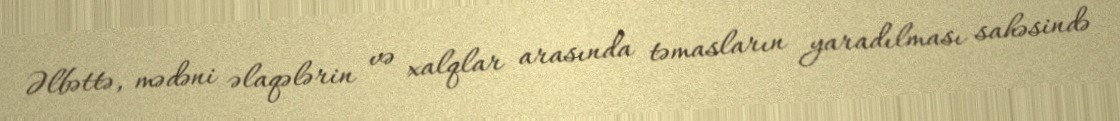
Əlbəttə, mədəni əlaqələrin və xalqlar arasında təmasların yaradılması sahəsində